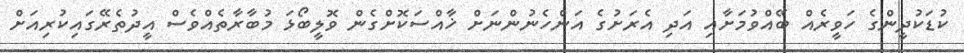
ކުޑަކުދީންގެ ހަވީރެއް ބޭއްވުމަށާއި އަދި އެރަށުގެ އަންހެނުންނަށް ޚާއްސަކޮށްގެން ވޮލީބޯޅަ މުބާރާތެއްވެސް އީދުތެރޭގައިކުރިއަށް